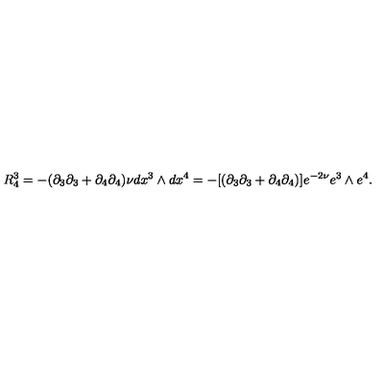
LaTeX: R _ { 4 } ^ { 3 } = - ( \partial _ { 3 } \partial _ { 3 } + \partial _ { 4 } \partial _ { 4 } ) \nu d x ^ { 3 } \wedge d x ^ { 4 } = - [ ( \partial _ { 3 } \partial _ { 3 } + \partial _ { 4 } \partial _ { 4 } ) ] e ^ { - 2 \nu } e ^ { 3 } \wedge e ^ { 4 } .